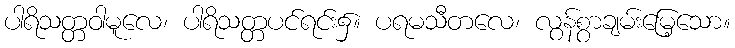
ပါရိသတ္တဝါမူလေ၊ ပါရိသတ္တပင်ရင်း၌။ ပရမသီတလေ၊ လွန်စွာချမ်းမြေ့သော။